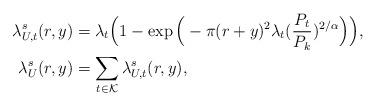
LaTeX: \begin{align*}\lambda_{U, t}^s(r, y) &= \lambda_t \Big(1 - \exp\Big(-\pi (r + y)^2 \lambda_t (\frac{P_t}{P_k})^{2 / \alpha}\Big)\Big),\\\lambda_{U}^s(r, y) &= \sum_{t \in \mathcal{K}} \lambda_{U, t}^s(r, y),\end{align*}